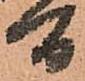
間